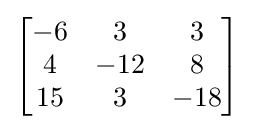
{\begin{bmatrix}-6&3&3\\4&-12&8\\15&3&-18\end{bmatrix}}